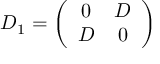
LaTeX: { \cal D } _ { 1 } = \left( \begin{array} { c c } { { 0 } } & { { D } } \\ { { D } } & { { 0 } } \end{array} \right)